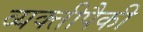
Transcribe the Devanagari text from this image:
व्यक्तीपैकी